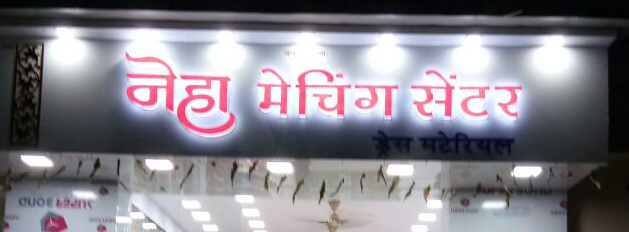
Language: marathi
Transcription: नेहा मॅचिंग सेंटर